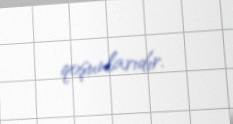
qoşunlarıdır.